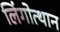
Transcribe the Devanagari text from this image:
लिंगोत्थान